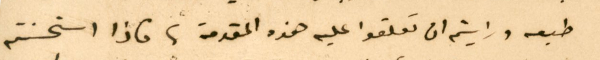
طبعه ورايتم ان تعلقوا عليه هذه المقدمة، فاذا استحسنتم